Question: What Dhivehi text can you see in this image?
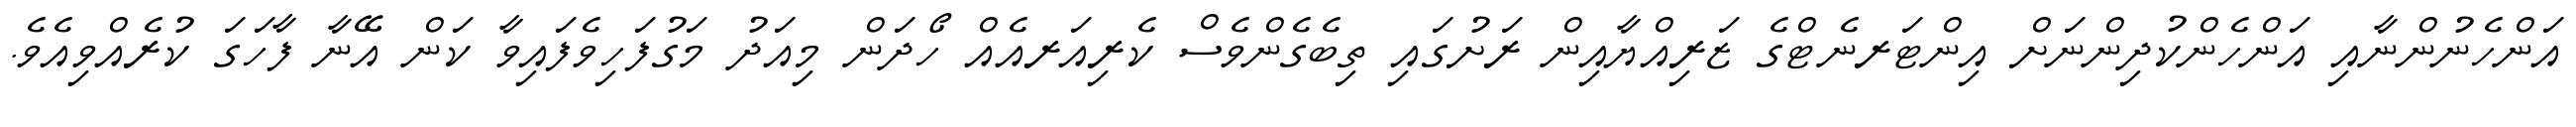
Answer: އަންހެނުންނާއި އަންހެންކުދިންނަށް އިންޓަރނެޓްގެ ޒަރިއްޔާއިން ރަށުގައި ތިބެގެންވެސް ކެރިއަރއެއް ހޯދަން މިއަދު މަގުފަހިވެފައިވާ ކަން އޭނާ ފާހަގަ ކުރެއްވިއެވެ.